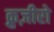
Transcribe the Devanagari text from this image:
क्रुज़ीरो